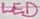
Text: LED